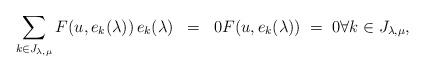
LaTeX: \begin{align*}\sum_{k\in J_{\lambda, \mu}} F(u, e_k(\lambda)) \, e_k(\lambda) \; \; = \; \; 0 F(u, e_k(\lambda)) \; = \; 0 \forall k\in J_{\lambda, \mu},\end{align*}